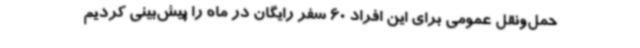
حمل‌ونقل عمومی برای این افراد 60 سفر رایگان در ماه را پیش‌بینی کردیم